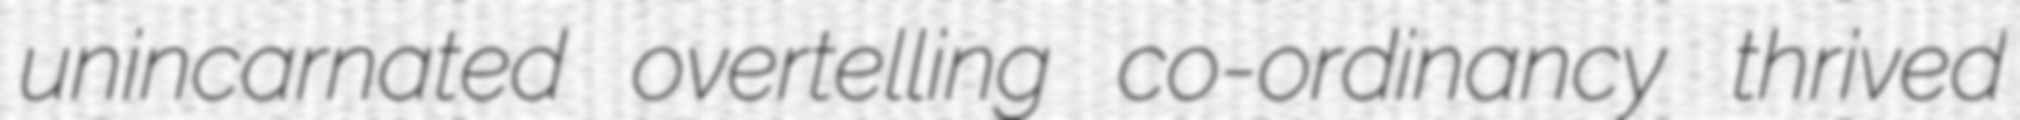
unincarnated overtelling co-ordinancy thrived